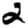
Digit: 2